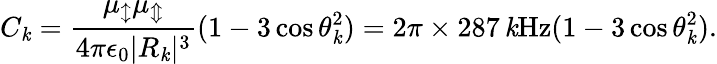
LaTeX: C_{\mathit{k}}=\frac{{\mu_{\updownarrow}\mu_{\Updownarrow}}}{{4\pi\epsilon_{0}|R_{\mathit{k}}|^{3}}}(1-3\cos\theta_{\mathit{k}}^{2})=2\pi\times287\, \mathrm{{\mathit{k}Hz}}(1-3\cos\theta_{\mathit{k}}^{2}).